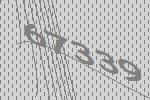
67339